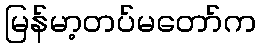
မြန်မာ့တပ်မတော်က